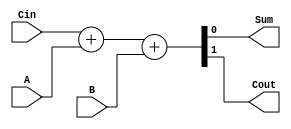
module adder_cell(
    input A,
    input B,
    input Cin,
    output Sum,
    output Cout
);

assign {Cout, Sum} = Cin + A + B;

endmodule